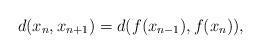
LaTeX: \begin{align*}d(x_n,x_{n+1})=d(f(x_{n-1}),f(x_n)),\end{align*}